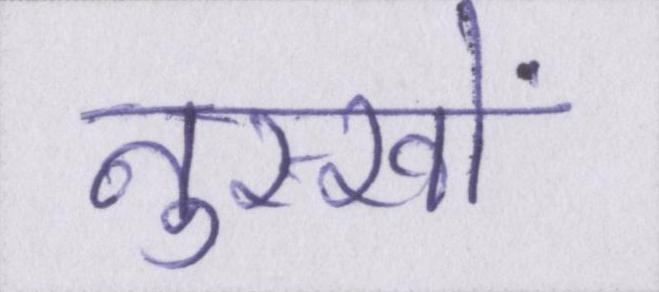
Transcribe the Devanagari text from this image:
नुस्खों